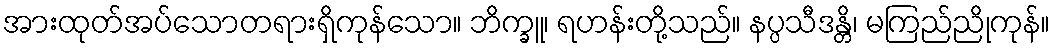
အားထုတ်အပ်သောတရားရှိကုန်သော။ ဘိက္ခူ၊ ရဟန်းတို့သည်။ နပ္ပသီဒန္တိ၊ မကြည်ညိုကုန်။